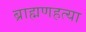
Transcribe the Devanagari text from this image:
ब्राह्मणहत्या